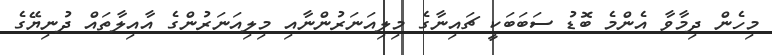
މިހެން ދިމާވާ އެންމެ ބޮޑު ސަބަބަކީ ޗައިނާގެ މިލިއަނަރުންނާއި މިލިއަނަރުންގެ އާއިލާތައް ދުނިޔޭގެ